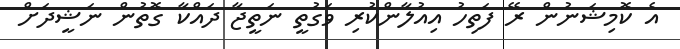
އެ ކޮމިޝަނުން ރޭ ފަތިހު އިއުލާންކުރި ވަގުތީ ނަތީޖާ ދައްކާ ގޮތުން ނަޝީދަށް